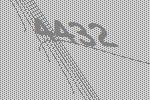
4432